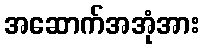
အဆောက်အအုံအား